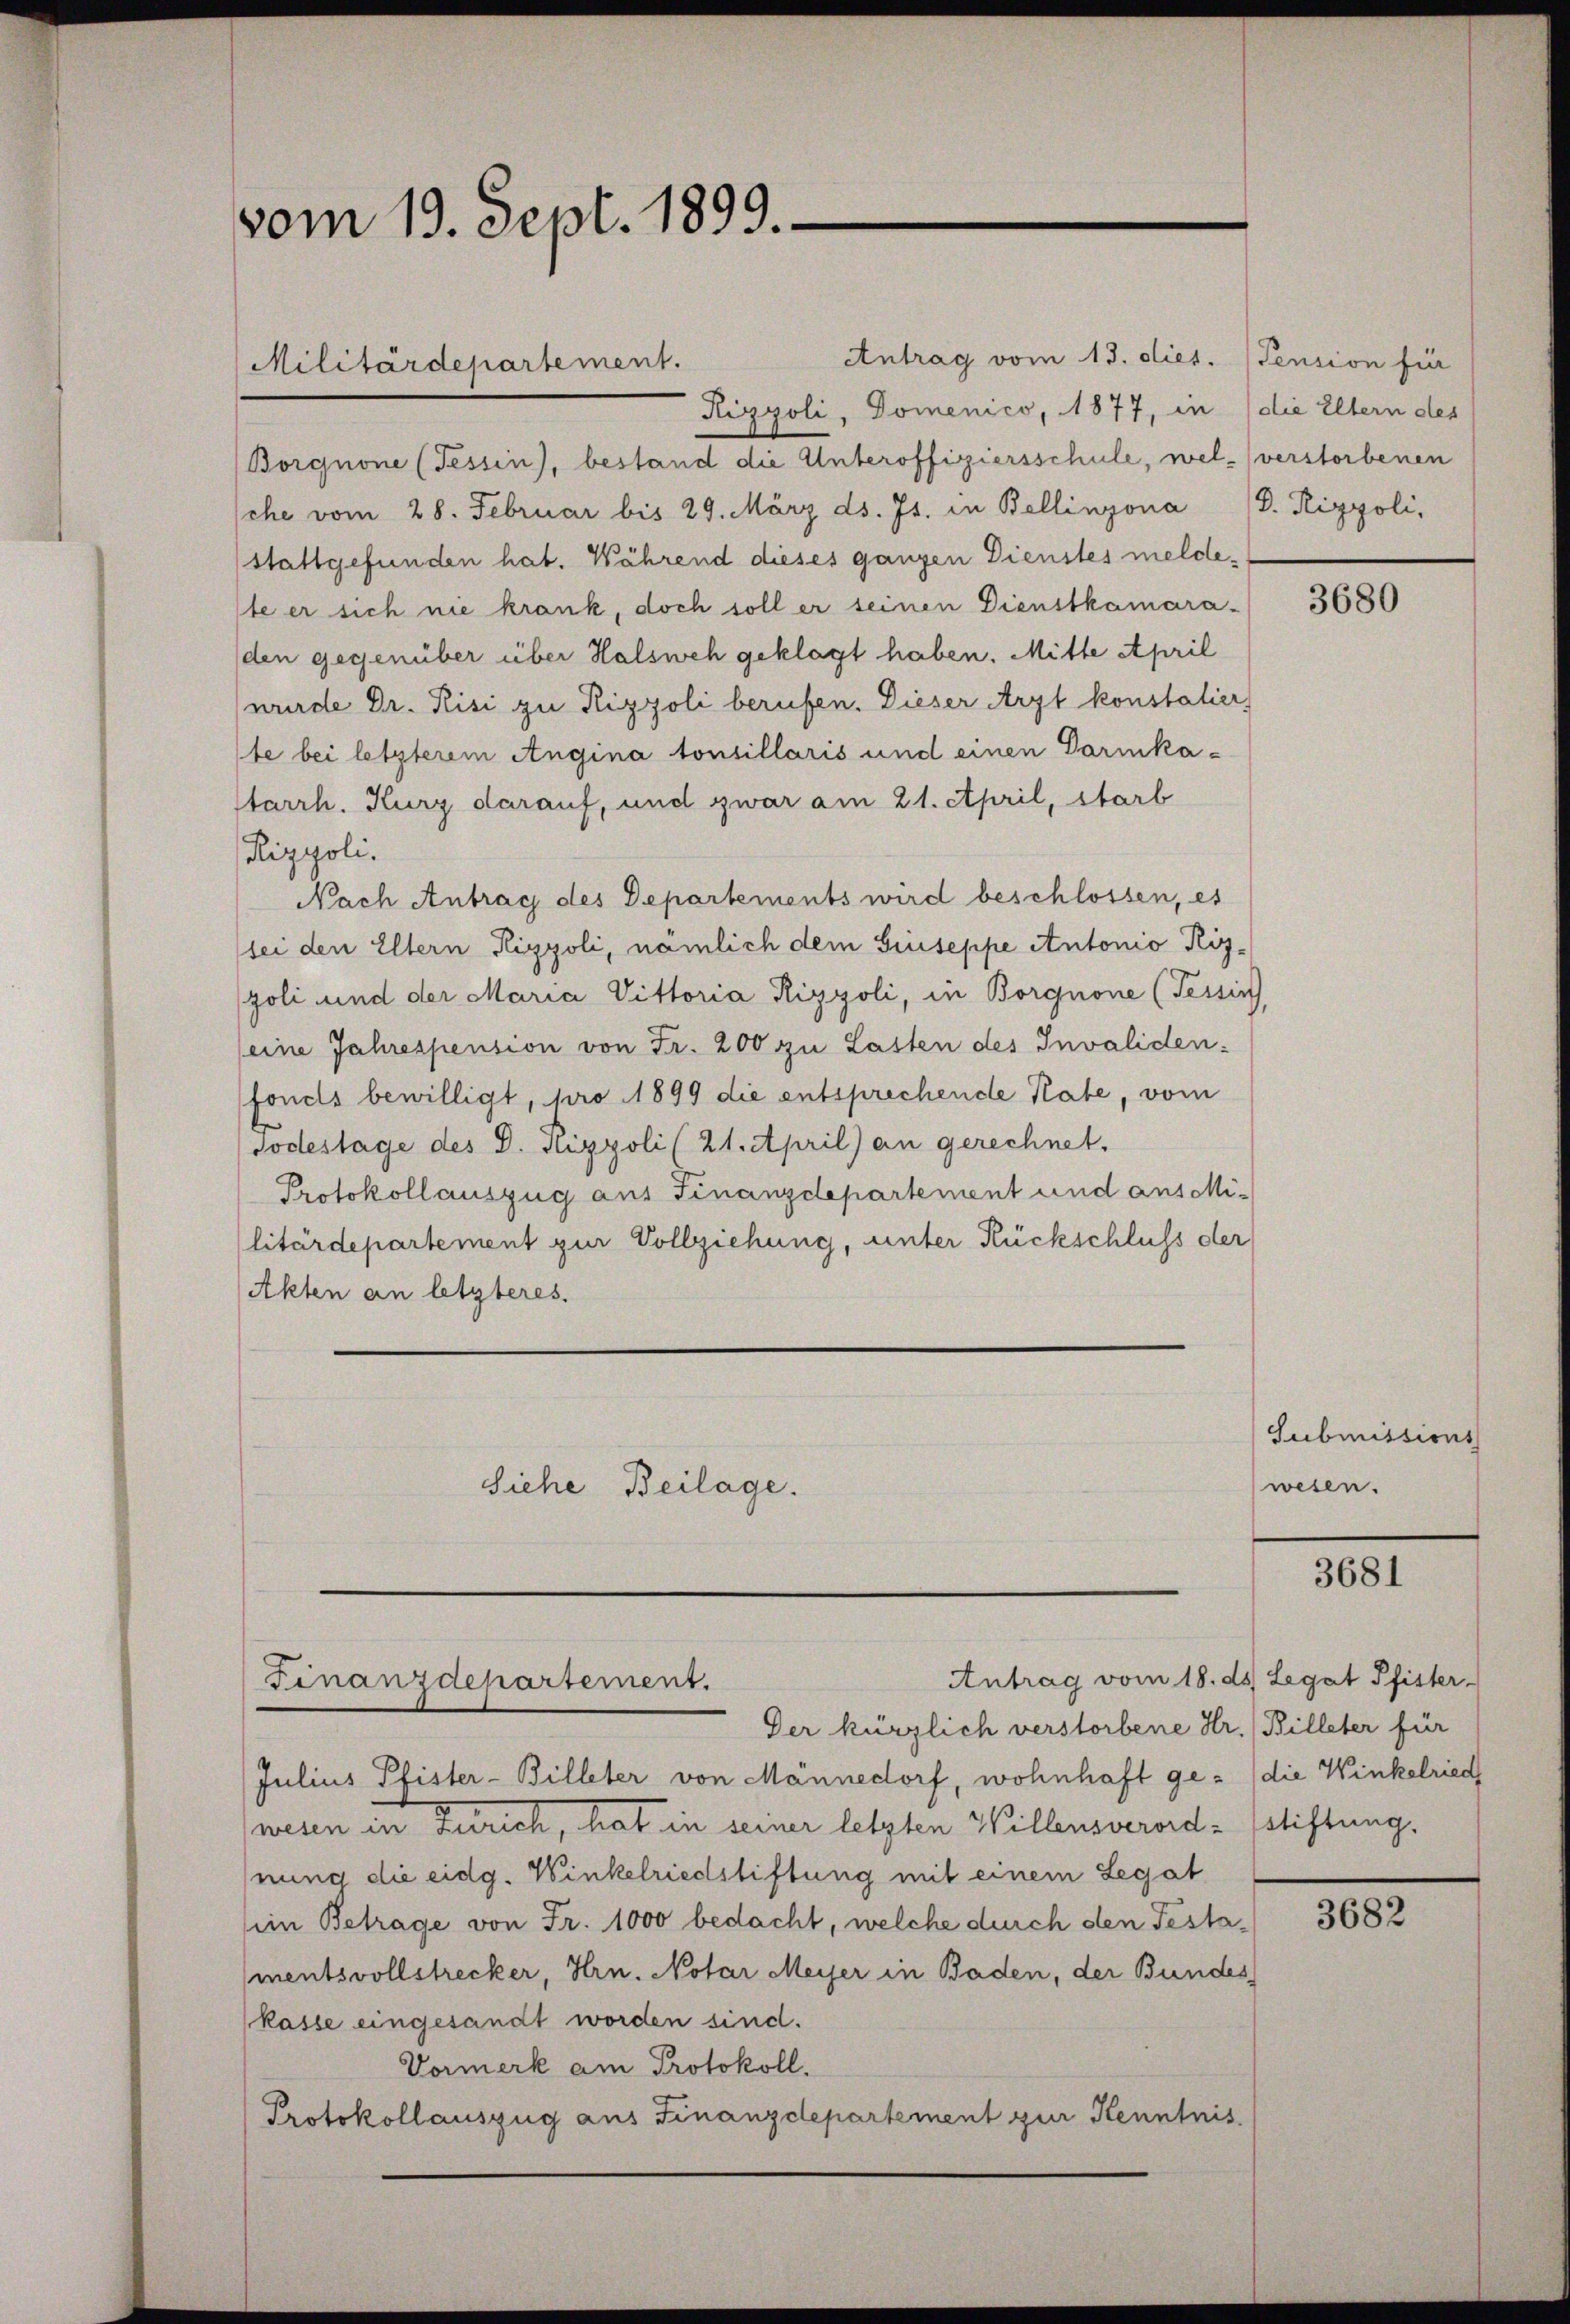
vom 19. Sept. 1899.

Borgnone (Tessin, bestand die Unteroffiziersschule, wel- verstorbenen
che vom 28. Februar bis 29. März ds. Js. in Bellinzona D. Rizpoli,
stattgefunden hat. Während dieses ganzen Dienstes meldeste er sich nie krank, doch soll er seinen Dienstkamara-
den gegenüber über Halsweh geklagt haben. Mitte April
wurde Dr. Risi zu Rippoli berufen. Dieser Arzt konstatier
te bei letzterem Angina tonsillaris und einen Darika¬
Starrh. Kurz darauf, und zwar am 21. April, starb
Rizpoli.
Nach Antrag des Departements wird beschlossen, es
sei den Eltern Rigyoli, nämlich dem Giuseppe Antonio Rizpoli und der Maria Vittoria Rizyoli, in Borgnone (Tessin,
eine Jahrespension von Fr. 200 zu Lasten des Invaliden-
fonds bewilligt, pro 1899 die entsprechende Kate, vom
Todestage des D. Pippoli (21. April) an gerechnet.
Protokollauszug aus Finanzdepartement und aus Militärdepartement zur Vollziehung, unter Rückschluss der
Akten an letzteres.
Siehe Beilage.

Militärdepartement.

Antrag vom 18. ds. Legat Pfister-
Finanzdepartement.
Der kürzlich verstorbene Hr. (Billeter für

Antrag vom 13. dies. Pension für
Rizyoli, Domenico, 1877, in (die Eltern des

Julius Pfister-Billeter von Männedorf, wohnhaft ge- (die Winkelried
wesen in Zürich, hat in seiner letzten Willensverord-stiftung,
nung die eidg. Winkelriedstiftung mit einem Legat
im Betrage von Fr. 1000 bedacht, welche durch den Testa¬
(mentsvollstrecker, Hrn. Notar Meyer in Baden, der Bundes
(Kasse eingesandt worden sind.
Vormerk am Protokoll.
Protokollauszug aus Finanzdepartement zur Kenntnis

3680

Submissions
wesen.

3681

3682